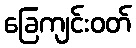
ခြေကျင်းဝတ်